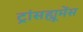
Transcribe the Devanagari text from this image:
ट्रांसह्यूमेंस